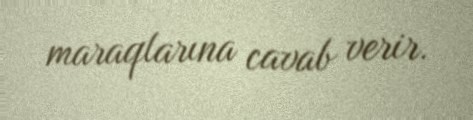
maraqlarına cavab verir.